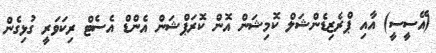
(އޭސީސީ) އާއި ޕްރެޒިޑެންޝަލް ކޮމިޝަން އޮން ކޮރަޕްޝަން އެންޑް އެސެޓް ރިކަވަރީ ގުޅިގެން